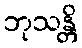
ဘုသန္တိ